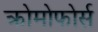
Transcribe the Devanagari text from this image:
क्रोमोफोर्स